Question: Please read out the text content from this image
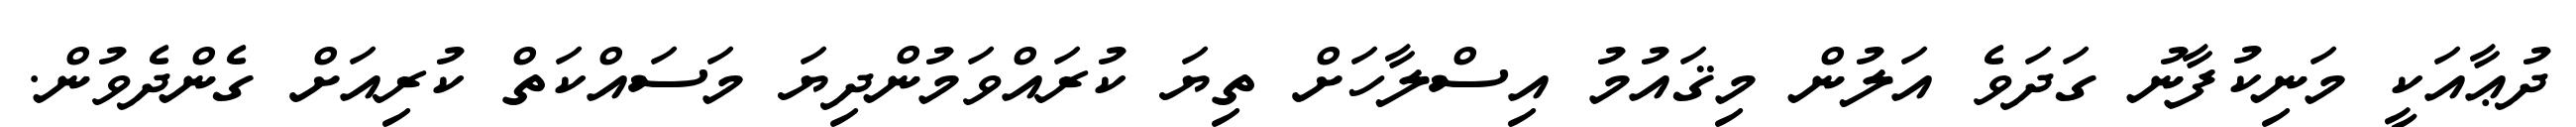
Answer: ދުޢާއަކީ މަނިކުފާނު ގަދަވެ އަލުން މިޤައުމު އިސްލާހަށް ތިޔަ ކުރައްވަމުންދިޔަ މަސައްކަތް ކުރިއަށް ގެންދެވުން.